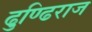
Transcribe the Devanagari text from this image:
ढुण्ढि़राज